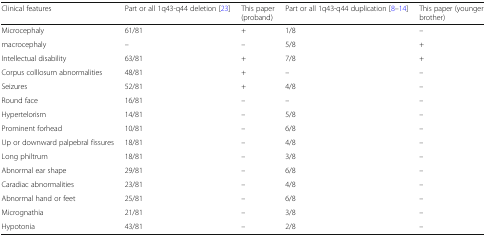
| Clinical features | Part or all 1q43-q44 deletion [23] | This paper (proband) | Part or all 1q43-q44 duplication [8–14] | This paper (younger brother) |
 | --- | --- | --- | --- | --- |
 | Microcephaly | 61/81 | + | 1/8 | – |
 | macrocephaly | – | – | 5/8 | + |
 | Intellectual disability | 63/81 | + | 7/8 | + |
 | Corpus colllosum abnormalities | 48/81 | + | – | – |
 | Seizures | 52/81 | + | 4/8 | – |
 | Round face | 16/81 | – | – | – |
 | Hypertelorism | 14/81 | – | 5/8 | – |
 | Prominent forhead | 10/81 | – | 6/8 | – |
 | Up or downward palpebral fissures | 18/81 | – | 4/8 | – |
 | Long philtrum | 18/81 | – | 3/8 | – |
 | Abnormal ear shape | 29/81 | – | 6/8 | – |
 | Caradiac abnormalities | 23/81 | – | 4/8 | – |
 | Abnormal hand or feet | 25/81 | – | 6/8 | – |
 | Micrognathia | 21/81 | – | 3/8 | – |
 | Hypotonia | 43/81 | – | 2/8 | – |